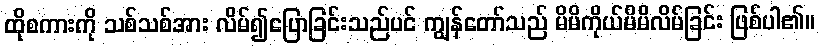
ထိုစကားကို သစ်သစ်အား လိမ်၍ပြောခြင်းသည်ပင် ကျွန်တော်သည် မိမိကိုယ်မိမိလိမ်ခြင်း ဖြစ်ပါ၏။